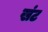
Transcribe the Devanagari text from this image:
खंट